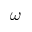
\omega